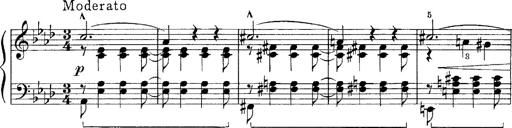
Title: FÃ¼nf KlavierstÃ¼cke
Composer: Franz Liszt